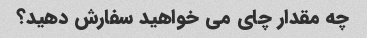
چه مقدار چای می خواهید سفارش دهید؟